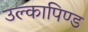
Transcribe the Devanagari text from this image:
उल्‍कापिण्‍ड